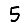
Digit: 5